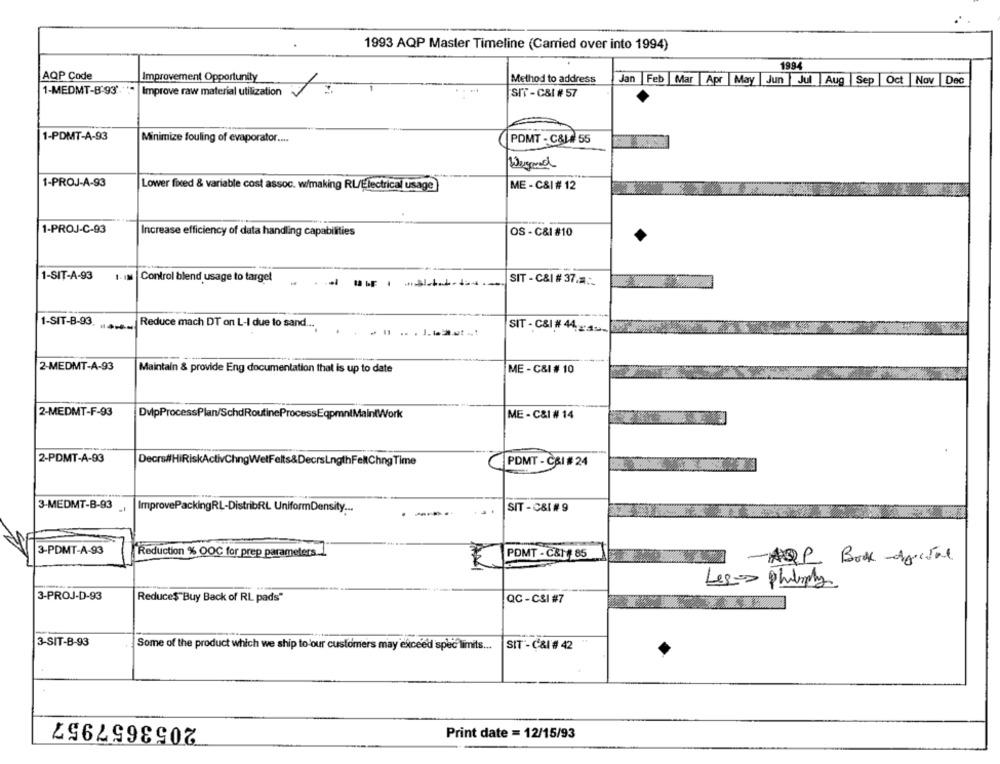
1993 AQP Master Timeline (Carried over into 1994)
198.
AQP Code
Improvement Opportunity
Method to address
Jan
Feb
Mar
Apr |May Jun Jul Aug Sep Oct Nov |Dec
1-MEDMT-B'93'
Improve raw material utilization
SIT - C&I # 57
1-PDMT-A-93
Minimize fouling of evaporator ....
POMT - C&LA 55
Wegend
1-PROJ-A-93
Lower fixed & variable cost assoc. w/making RL/Electrical usage
ME - C&| # 12
1-PROJ-C-93
Increase efficiency of data handling capabilities
OS - C&I #10
1-SIT-A-93
1. IM Control blend usage to target
SIT - C&I # 37.2.
1-SIT-B-93
--
Reduce mach DT on L-I due to sand ...
. ..
1.6:2.02 .1
SIT - C&I # 44-4 ---
2-MEDMT-A-93
Maintain & provide Eng documentation that is up to date
ME - C&I # 10
2-MEDMT-F-93
DvlpProcessPlan/SchdRoutineProcessEqpmniMaintWork
ME - C&I # 14
2-PDMT-A-93
Decrs#HiRiskActivChngWelFelts&DecrsLngthFeltChngTime
PDMT - CAI # 24
3-MEDMT-B-93 |
ImprovePackingRL-DistribRL UniformDensity ...
SIT - C&I # 9
3-PDMT-A-93
Reduction % OOC for prep parameters.1
POMT - C&1 85
-AQP Box digital
Les-> philly
3-PROJ-D-93
Reduce$"Buy Back of RL pads"
QC - CSI #7
3-SIT-B-93
Some of the product which we ship to our customers may exceed spec limits ...
SIT - Cal # 42
2053657957
Print date = 12/15/93